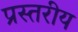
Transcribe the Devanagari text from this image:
प्रस्तरीय